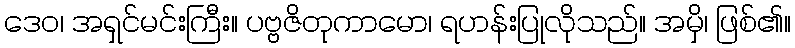
ဒေဝ၊ အရှင်မင်းကြီး။ ပဗ္ဗဇိတုကာမော၊ ရဟန်းပြုလိုသည်။ အမှိ၊ ဖြစ်၏။